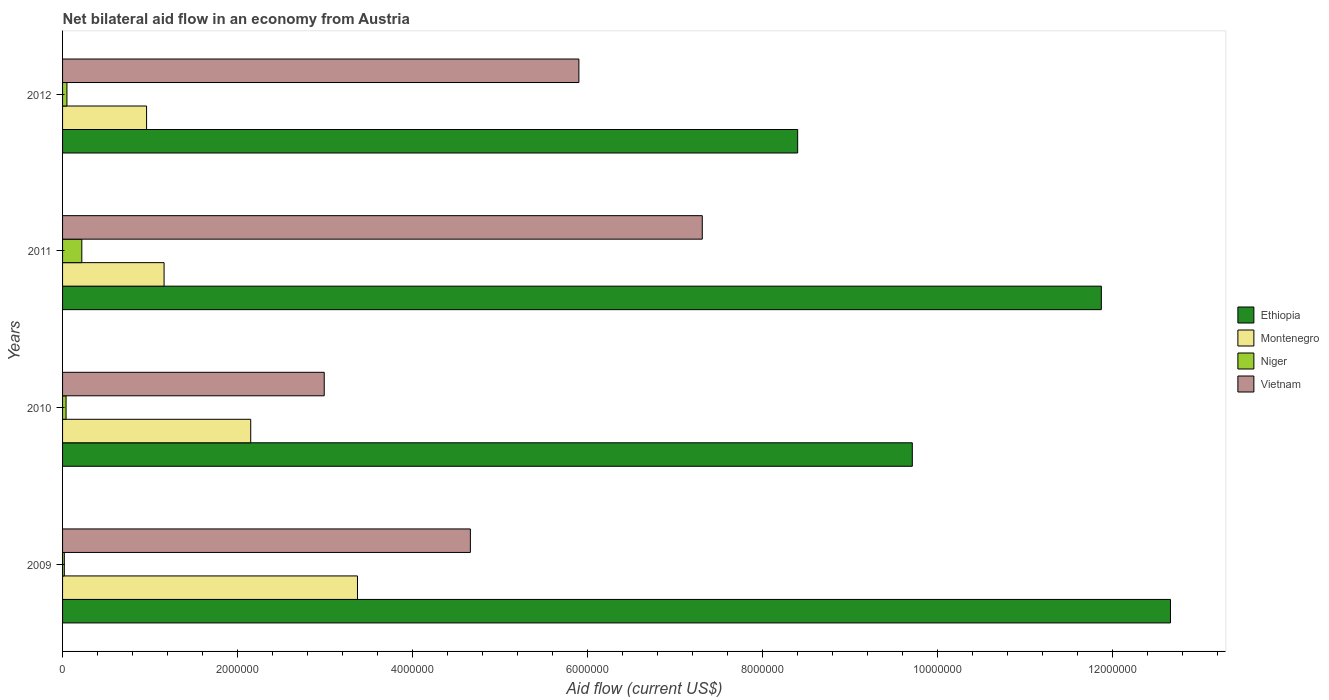
| Years | Ethiopia | Montenegro | Niger | Vietnam |
 | --- | --- | --- | --- | --- |
 | 2009 | 1.27e+07 | 3.37e+06 | 2e+04 | 4.66e+06 |
 | 2010 | 9.71e+06 | 2.15e+06 | 4e+04 | 2.99e+06 |
 | 2011 | 1.19e+07 | 1.16e+06 | 2.2e+05 | 7.31e+06 |
 | 2012 | 8.4e+06 | 9.6e+05 | 5e+04 | 5.9e+06 |